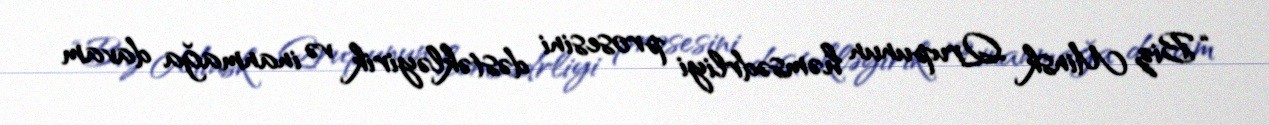
“Biz Minsk Qrupunun həmsədrliyi prosesini dəstəkləyirik və inanmağa davam